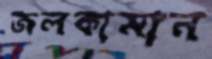
জলকামান